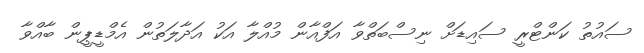
ސައުތު ކަންޓްރީ ސައިޑަށް ނިސްބަތްވާ އަފްއާން މުއްލާ އަކު އަދާލަތުން އެމްޑީޕީން ބާއްވާ